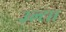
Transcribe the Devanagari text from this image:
उल्टा।